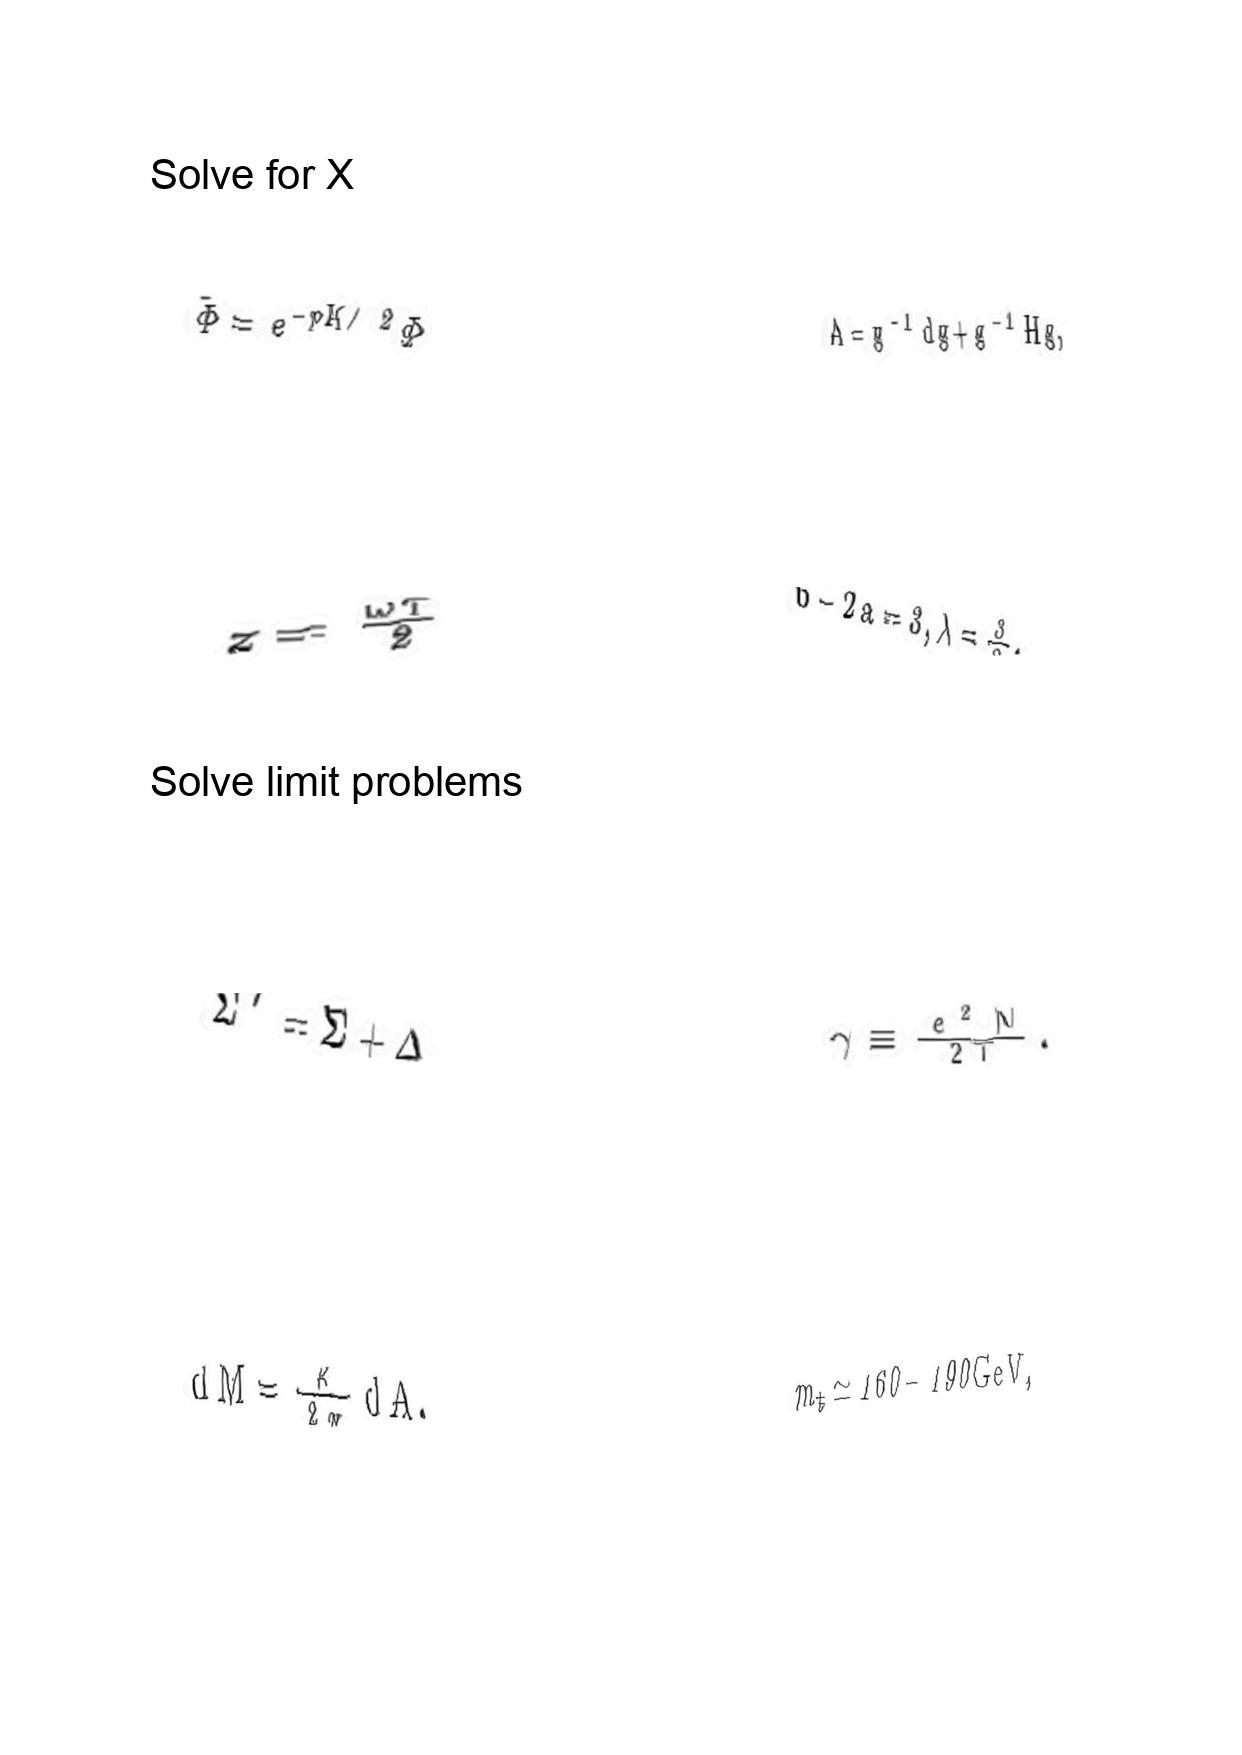
LaTeX transcription:
\tilde { \Phi } = e ^ { - p K / 2 } \Phi
z = \frac { \omega \tau } { 2 }
\Sigma ^ { \prime } = \Sigma + \Delta ,
d M = \frac { \kappa } { 2 \pi } d A ,
A = g ^ { - 1 } d g + g ^ { - 1 } H g ,
b - 2 a = 3 , \lambda = \frac { 3 } { 2 } .
\gamma \equiv \frac { e ^ { 2 } N } { 2 T } .
m _ { t } \simeq 1 6 0 - 1 9 0 \mathrm { G e V } ,